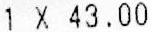
1 X 43.00